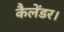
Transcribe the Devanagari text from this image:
कैलेंडर।